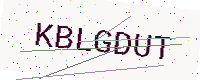
Text: KBLGDUT